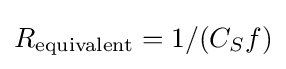
R_{\text{equivalent}}=1/(C_{S}f)